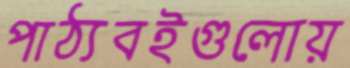
পাঠ্যবইগুলোয়